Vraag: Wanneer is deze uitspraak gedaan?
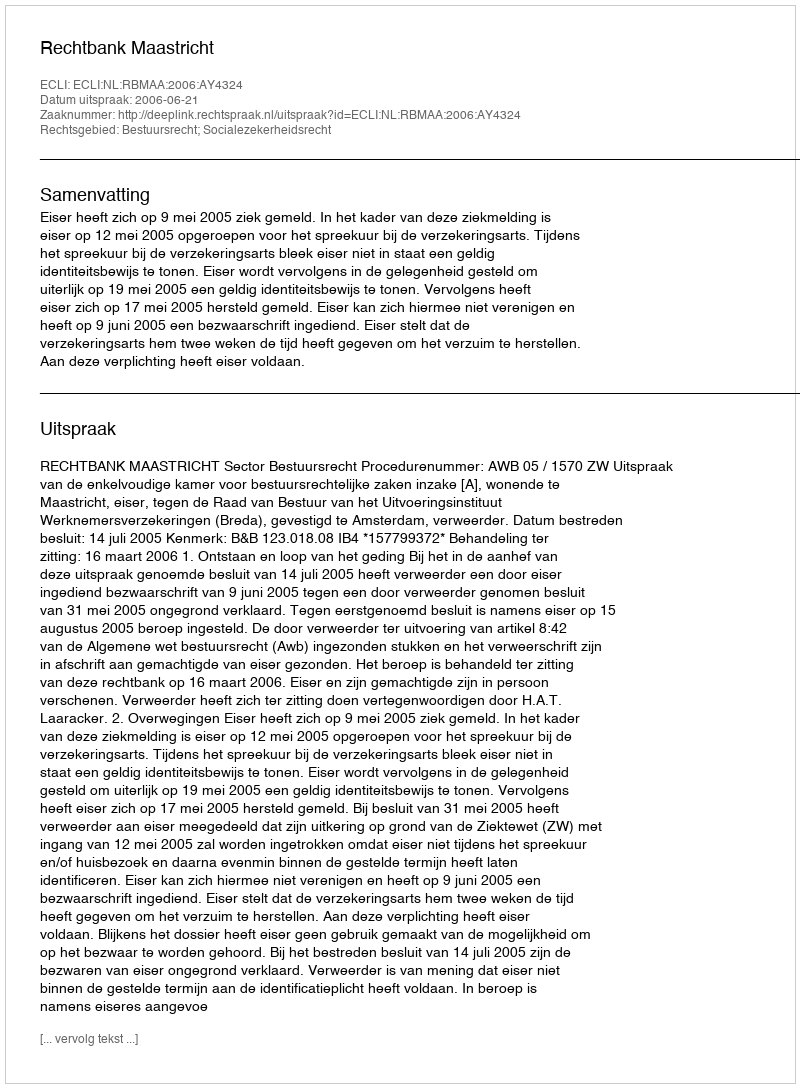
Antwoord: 2006-06-21